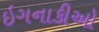
ઇગનાકીઓ